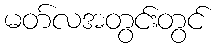
မတ်လအတွင်းတွင်